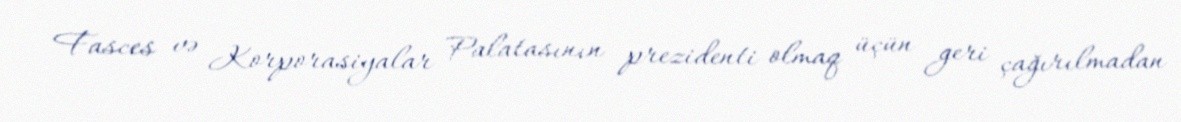
Fasces və Korporasiyalar Palatasının prezidenti olmaq üçün geri çağırılmadan